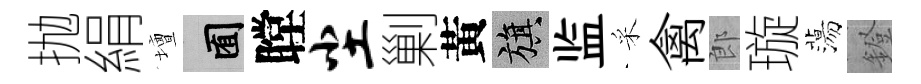
抛絹壇囿瞠尘剿黃旗监采禽郎璇蕩鐙